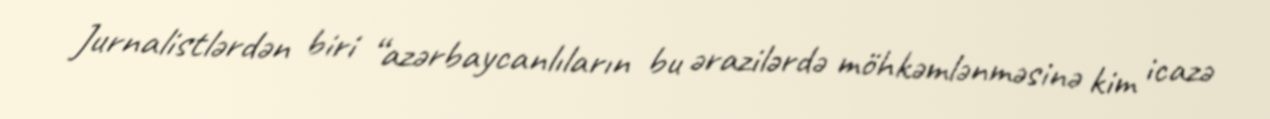
Jurnalistlərdən biri “azərbaycanlıların bu ərazilərdə möhkəmlənməsinə kim icazə